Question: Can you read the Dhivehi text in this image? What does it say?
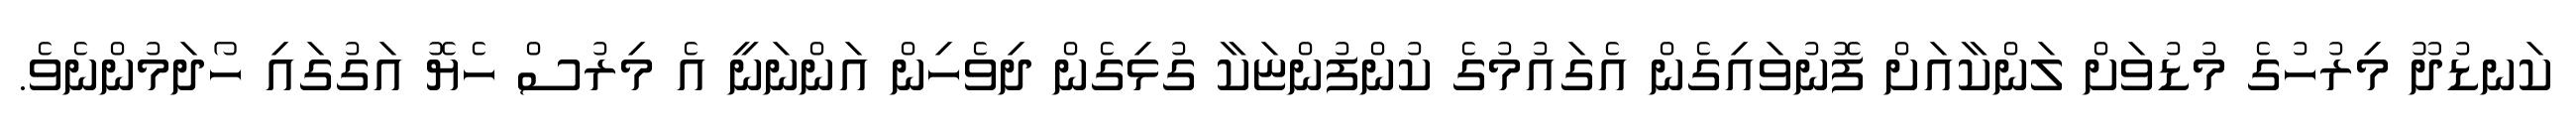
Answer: ކަނޑުދޫ މިރުހުގެ މުޑުވަށް ލަންކާއަށް ފޮނުވައިގެން އެގައުމުގެ ކުންފުންޏަކާ ގުޅިގެން ދިވެހިން އަންނަނީ އެ މިރުސް ހެޔޮ އަގުގައި ހޯދަމުންނެވެ.